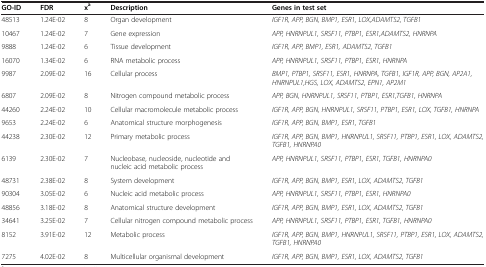
<table><thead><tr><td><b>GO-ID</b></td><td><b>FDR</b></td><td><b>x<sup>a</sup></b></td><td><b>Description</b></td><td><b>Genes in test set</b></td></tr></thead><tbody><tr><td>48513</td><td>1.24E-02</td><td>8</td><td>Organ development</td><td><i>IGF1R, APP, BGN, BMP1, ESR1, LOX,ADAMTS2, TGFB1</i></td></tr><tr><td>10467</td><td>1.24E-02</td><td>7</td><td>Gene expression</td><td><i>APP, HNRNPUL1, SRSF11, PTBP1, ESR1,ADAMTS2, HNRNPA</i></td></tr><tr><td>9888</td><td>1.24E-02</td><td>6</td><td>Tissue development</td><td><i>IGF1R, APP, BMP1, ESR1, ADAMTS2, TGFB1</i></td></tr><tr><td>16070</td><td>1.34E-02</td><td>6</td><td>RNA metabolic process</td><td><i>APP, HNRNPUL1, SRSF11, PTBP1, ESR1, HNRNPA</i></td></tr><tr><td>9987</td><td>2.09E-02</td><td>16</td><td>Cellular process</td><td><i>BMP1, PTBP1, SRSF11, ESR1, HNRNPA, TGFB1, IGF1R, APP, BGN, AP2A1, HNRNPUL1,HGS, LOX, ADAMTS2, EPN1, AP2M1</i></td></tr><tr><td>6807</td><td>2.09E-02</td><td>8</td><td>Nitrogen compound metabolic process</td><td><i>APP, BGN, HNRNPUL1, SRSF11, PTBP1, ESR1,TGFB1, HNRNPA</i></td></tr><tr><td>44260</td><td>2.24E-02</td><td>10</td><td>Cellular macromolecule metabolic process</td><td><i>IGF1R, APP, BGN, HNRNPUL1, SRSF11, PTBP1, ESR1, LOX, TGFB1, HNRNPA</i></td></tr><tr><td>9653</td><td>2.24E-02</td><td>6</td><td>Anatomical structure morphogenesis</td><td><i>IGF1R, APP, BGN, BMP1, ESR1, TGFB1</i></td></tr><tr><td>44238</td><td>2.30E-02</td><td>12</td><td>Primary metabolic process</td><td><i>IGF1R, APP, BGN, BMP1, HNRNPUL1, SRSF11, PTBP1, ESR1, LOX, ADAMTS2, TGFB1, HNRNPA0</i></td></tr><tr><td>6139</td><td>2.30E-02</td><td>7</td><td>Nucleobase, nucleoside, nucleotide and nucleic acid metabolic process</td><td><i>APP, HNRNPUL1, SRSF11, PTBP1, ESR1, TGFB1, HNRNPA0</i></td></tr><tr><td>48731</td><td>2.38E-02</td><td>8</td><td>System development</td><td><i>IGF1R, APP, BGN, BMP1, ESR1, LOX, ADAMTS2, TGFB1</i></td></tr><tr><td>90304</td><td>3.05E-02</td><td>6</td><td>Nucleic acid metabolic process</td><td><i>APP, HNRNPUL1, SRSF11, PTBP1, ESR1, HNRNPA0</i></td></tr><tr><td>48856</td><td>3.18E-02</td><td>8</td><td>Anatomical structure development</td><td><i>IGF1R, APP, BGN, BMP1, ESR1, LOX, ADAMTS2, TGFB1</i></td></tr><tr><td>34641</td><td>3.25E-02</td><td>7</td><td>Cellular nitrogen compound metabolic process</td><td><i>APP, HNRNPUL1, SRSF11, PTBP1, ESR1, TGFB1, HNRNPA0</i></td></tr><tr><td>8152</td><td>3.91E-02</td><td>12</td><td>Metabolic process</td><td><i>IGF1R, APP, BGN, BMP1, HNRNPUL1, SRSF11, PTBP1, ESR1, LOX, ADAMTS2, TGFB1, HNRNPA0</i></td></tr><tr><td>7275</td><td>4.02E-02</td><td>8</td><td>Multicellular organismal development</td><td><i>IGF1R, APP, BGN, BMP1, ESR1, LOX, ADAMTS2, TGFB1</i></td></tr></tbody></table>